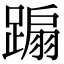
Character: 𨃩